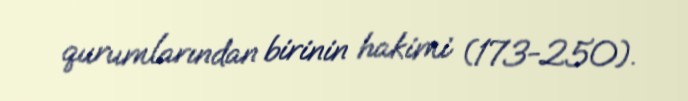
qurumlarından birinin hakimi (173-250).